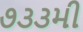
૭૩૩મી